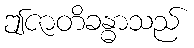
ဤဇာတိခန္ဓာသည်